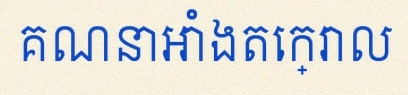
គណនាអាំងតេក្រាល